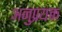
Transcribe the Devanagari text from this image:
अनुप्रयक्त